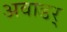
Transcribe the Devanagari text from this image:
अवाडर्